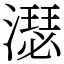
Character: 濏